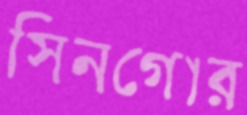
সিনগোর